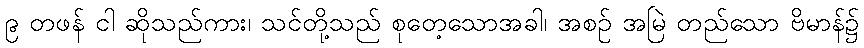
၉ တဖန် ငါ ဆိုသည်ကား၊ သင်တို့သည် စုတေ့သောအခါ၊ အစဉ် အမြဲ တည်သော ဗိမာန်၌